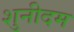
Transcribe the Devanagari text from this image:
शुनीदम